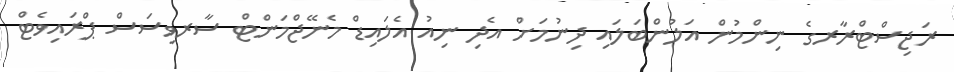
ރަޖިސްޓްރާރގެ ނިންމުން އަލުންބަލައި ދިނުމަށް އެދި ނިއު އެލައިޑް މެނޭޖްމަންޓް ސާރވިސަސް ޕްރައިވެޓް